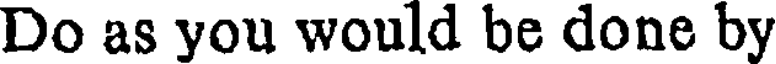
Do as you would be done by